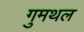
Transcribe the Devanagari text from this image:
गुमथल